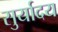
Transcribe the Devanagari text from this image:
सुर्यादय